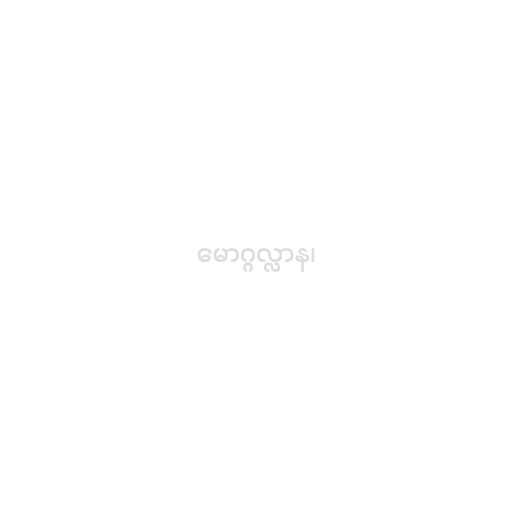
မောဂ္ဂလ္လာန၊